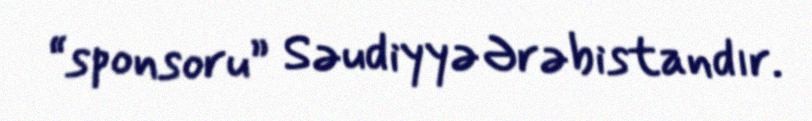
“sponsoru” Səudiyyə Ərəbistandır.